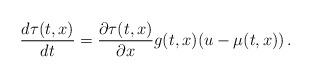
LaTeX: \begin{align*} \frac{d\tau(t,x)}{dt} = \frac{\partial \tau(t,x)}{\partial x}g(t,x)(u - \mu(t,x)) \,. \end{align*}